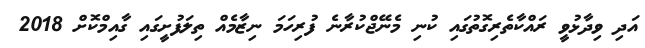
އަދި ވިދާޅުވީ ރައްކާތެރިގޮތުގައި ކުނި މެނޭޖްކުރާނެ ފުރިހަމަ ނިޒާމެއް ތިލަފުށީގައި ގާއިމްކޮށް 2018